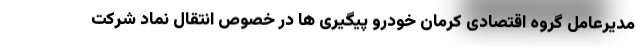
مدیرعامل گروه اقتصادی کرمان خودرو پیگیری ها در خصوص انتقال نماد شرکت